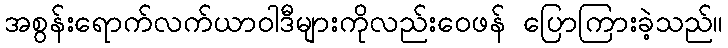
အစွန်းရောက်လက်ယာဝါဒီများကိုလည်းဝေဖန် ပြောကြားခဲ့သည်။